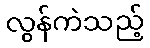
လွန်ကဲသည့်